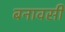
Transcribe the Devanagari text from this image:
बनावसी